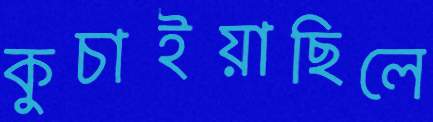
কুচাইয়াছিলে